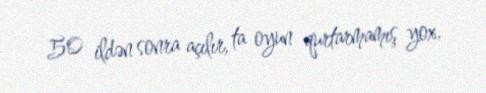
50 ildən sonra açılır, ta oyun qurtarmamış yox.